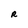
Character: R